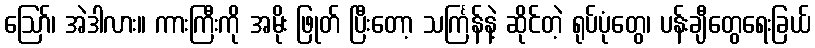
ဪ၊ အဲဒါလား။ ကားကြီးကို အမိုး ဖြုတ် ပြီးတော့ သင်္ကြန်နဲ့ ဆိုင်တဲ့ ရုပ်ပုံတွေ၊ ပန်းချီတွေရေးခြယ်